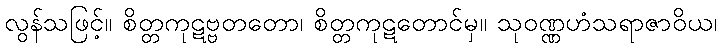
လွန်သဖြင့်။ စိတ္တကုဋဗ္ဗတတော၊ စိတ္တကုဋတောင်မှ။ သုဝဏ္ဏဟံသရာဇာဝိယ၊